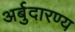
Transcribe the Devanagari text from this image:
अर्बुदारण्य